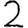
Digit: 2